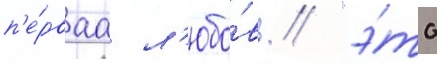
п'е́рваа л'юбо́вь // "э́то